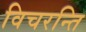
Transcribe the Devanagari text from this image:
विचरन्ति